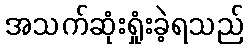
အသက်ဆုံးရှုံးခဲ့ရသည်